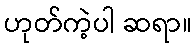
ဟုတ်ကဲ့ပါ ဆရာ။